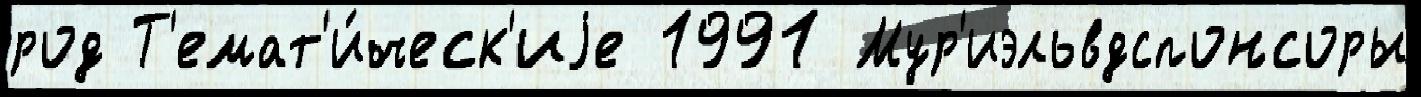
род Т'емат'и́ческ'иjе 1991 Мур'иэльвдспонсоры